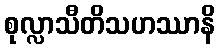
စုလ္လာသီတိသဟဿာနိ